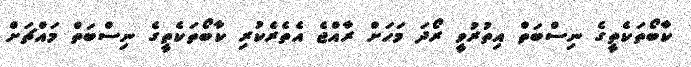
ކާބޯތަކެތީގެ ނިސްބަތް އިތުރުވީ ރޯދަ މަހަށް ރާއްޖެ އެތެރެކުރި ކާބޯތަކެތީގެ ނިސްބަތް މައްޗަށް